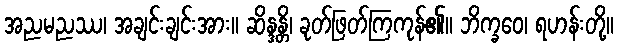
အညမညဿ၊ အချင်းချင်းအား။ ဆိန္ဒန္တိ၊ ခုတ်ဖြတ်ကြကုန်၏။ ဘိက္ခဝေ၊ ရဟန်းတို့။